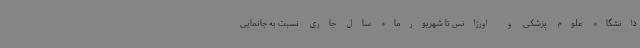
دانشگاه علوم پزشکی و اورژانس تا شهریورماه سال جاری نسبت به جانمایی